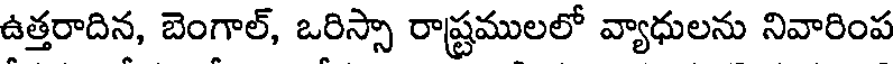
ఉత్తరాదిన, బెంగాల్, ఒరిస్సా రాష్ట్రములలో వ్యాధులను నివారింప